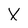
Character: X